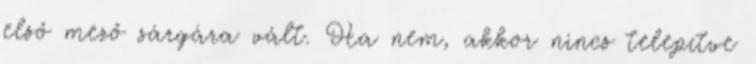
első mező sárgára vált. Ha nem, akkor nincs telepítve